Leaving Certificate, 1888
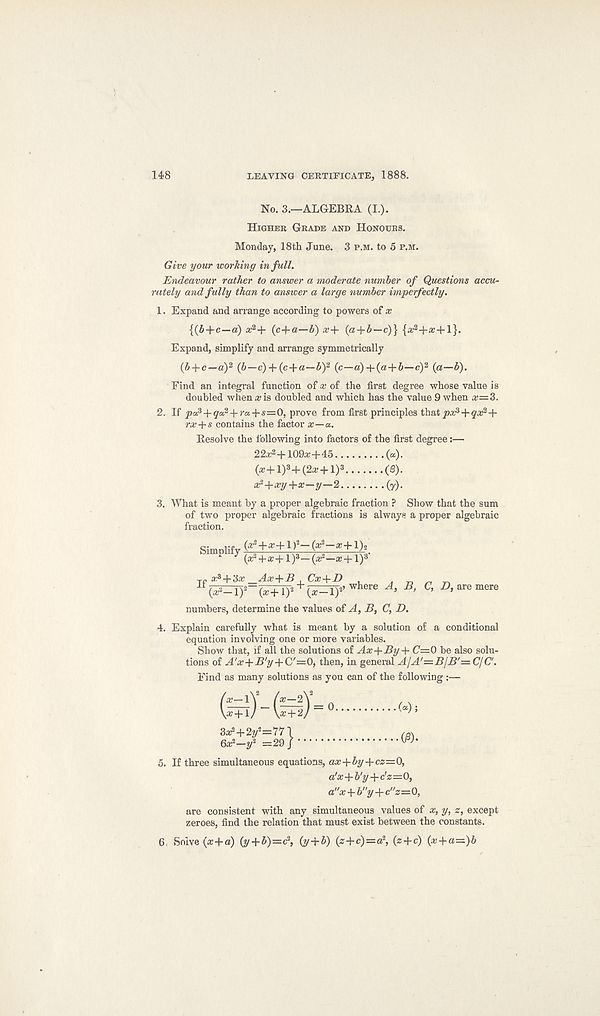
148
LEAVING CERTIFICATE, 1888.
No. 3.—ALGEBRA (I.).
Higher Grade and Honours.
Monday, 18th June. 3 p.m. to 5 p.m.
Give your working in full.
Endeavour rather to answer a moderate number of Questions accu-
rately and fully than to answer a large number imperfectly.
1. Expand and arrange according to powers of x
{(b+c—d) * 2 + (c+a—b) x+ (a+b—c)}
Expand, simplify and arrange symmetrically
{b + c—ay (6—c) + (c + a—5) 2 (c—a)+ (a + 6—c) 2 (g—b).
Find an integral function of x of the first degree whose value is
doubled when a? is doubled and which has the value 9 when x=3.
2. If popqo?-\-ra,-\-s—0, prove from first principles th&t px a + qx 2 +
rx+s contains the factor x—a.
Resolve the following into factors of the first degree:—
22a; 2 + 109#+45
(«).
(a;+l) 3 +(2a?+l) 3
(S).
a?->rxy+x—y—2
(y).
3. What is meant by a proper algebraic fraction ? Show that the sum
of two proper algebraic fractions is always a proper algebraic
fraction.
Simplify (a; 3 +#+1 ) 2 —(a; 2 —a; +1) 2
(a? +a;+1) 3 — (ar*—# +1) 3 '
jn a^ + 3a; _Ax+B . Cx-\-D
(# 2 -l) 2 “(a;+l) 2 + (^T) 2 ’ where A, B,
numbers, determine the values of A, B, (7, D.
C, D, are mere
4. Explain carefully what is meant by a solution of a conditional
equation involving one or more variables.
Show that, if all the solutions of Ax+By+ C=0 be also solu-
tions of A'x+B'y+ C'=0, then, in general A/A'—B/B'— CIC.
Find as many solutions as you can of the following :—
5. If three simultaneous equations, ax+by-\-cz=0,
a’x -\-b'y-\-dz=- 0,
a"x + b"y + c"z=0,
are consistent with any simultaneous values of x, y, z, except
zeroes, find the relation that must exist between the constants.
6, Solve (#+a) (y + i)=c 3 , (y+6) (z+c)=a 2 , (z + c) (# + «=)&